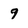
Character: 9